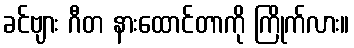
ခင်ဗျား ဂီတ နားထောင်တာကို ကြိုက်လား။